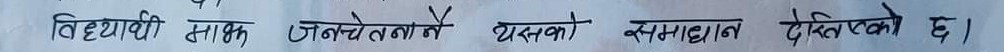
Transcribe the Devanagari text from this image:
विद्यार्थी साथ जनचेतना नै यसको समाधान देखिएको छ।